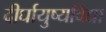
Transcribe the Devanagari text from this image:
दीर्घायुष्यविद्या